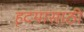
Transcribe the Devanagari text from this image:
हृदयासाठी